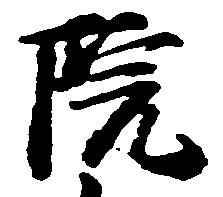
院